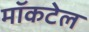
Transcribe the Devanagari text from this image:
मॉकटेल